Leaving Certificate Examination, 1918
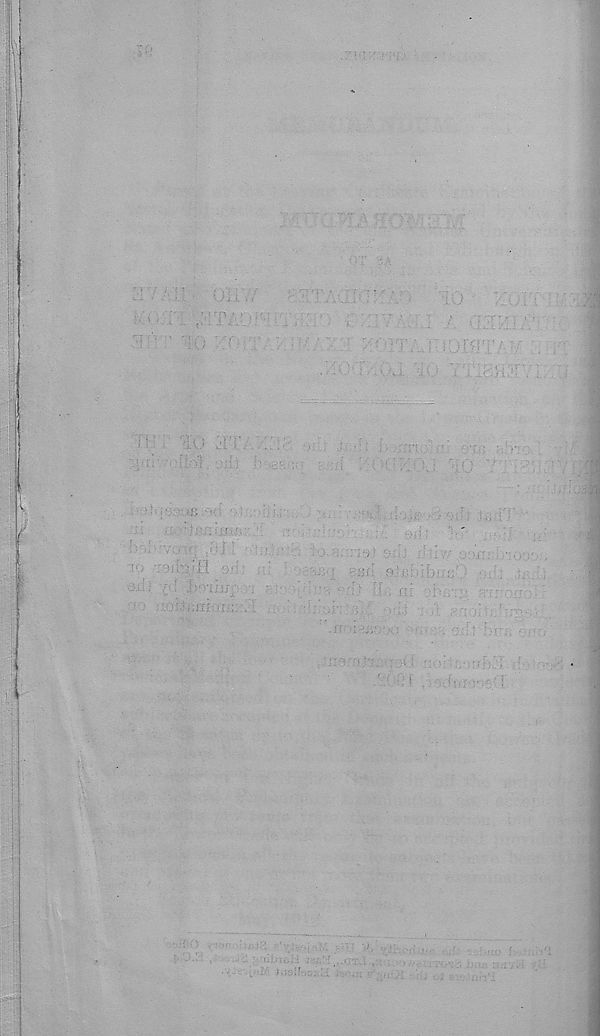
^Alb Uli.'//
10
AoVi
•
^ V' ;r -
^
, ■
.
. ■■.a:,:
•
A
■ iTfr';:.QoA 3H,i
AC : 7
7 • -« ' ' '
: i ;.wf- . , •.'
'
'
' '
1
■ ' • ' r 7 ' 7 ■ t;
rp ■ T9iS^!il_9.<;: .
;
SSf: e.'etiibxJSO .. .
n :
jj ' <:■
"
^
■ !rr r : : :
' ' M . JA; - ;':
■ ' -
J ■ .u r;,uul
; ■ . ...■.